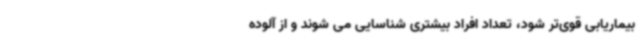
بیماریابی قوی‌تر شود، تعداد افراد بیشتری شناسایی می شوند و از آلوده